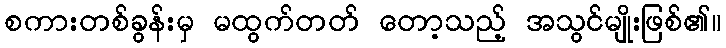
စကားတစ်ခွန်းမှ မထွက်တတ် တော့သည့် အသွင်မျိုးဖြစ်၏။